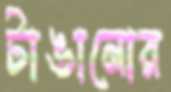
টাঙানোর